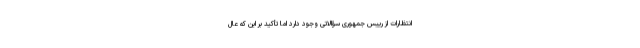
انتظارات از رییس جمهوری سؤالاتی وجود دارد اما تأکید بر این که عال